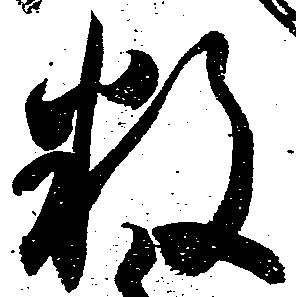
数